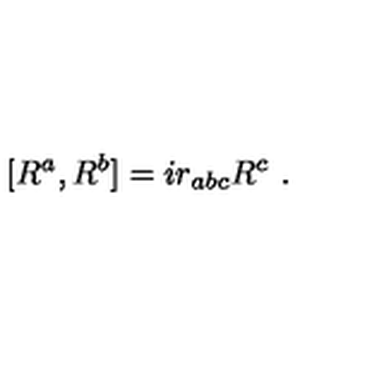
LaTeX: [ R ^ { a } , R ^ { b } ] = i r _ { a b c } R ^ { c } \ .